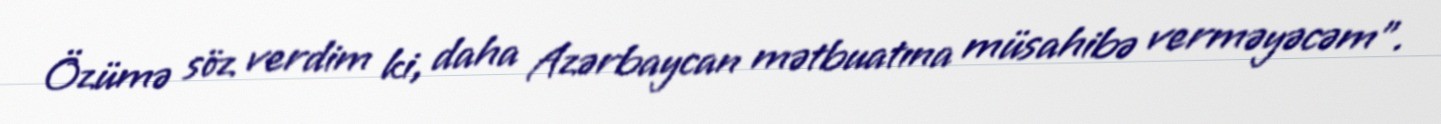
Özümə söz verdim ki, daha Azərbaycan mətbuatına müsahibə verməyəcəm”.